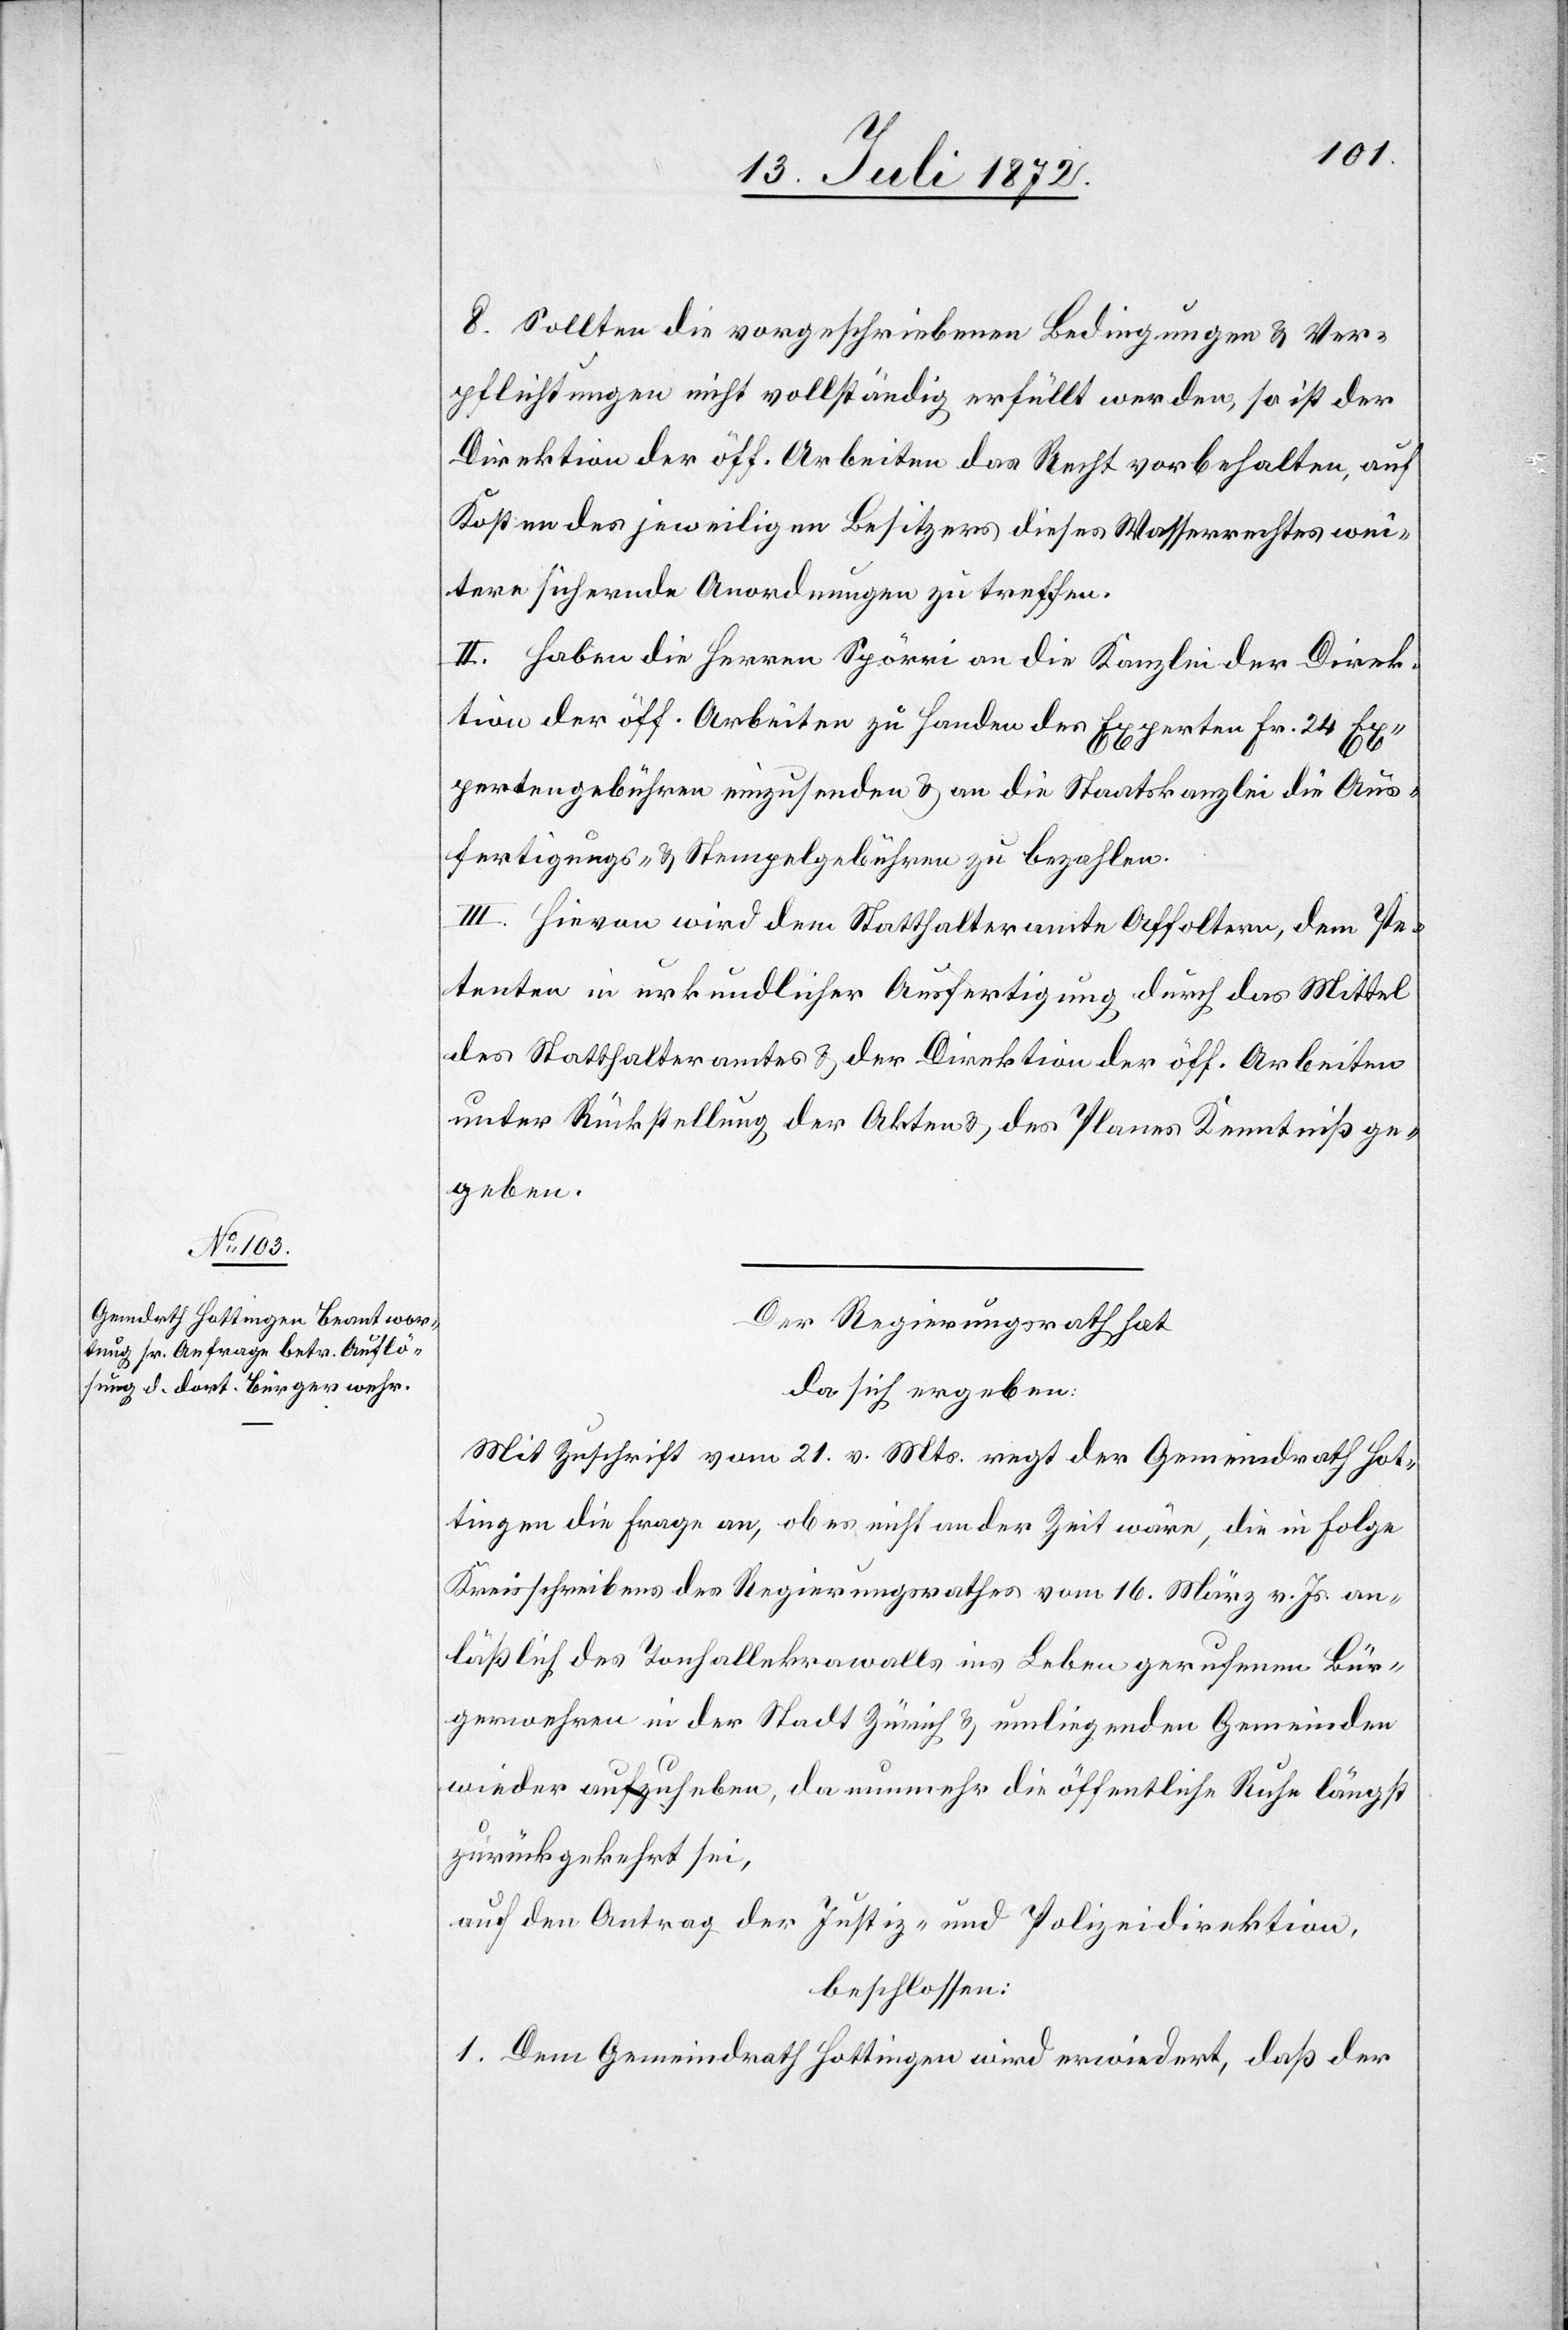
8. Sollten die vorgeschriebenen Bedingungen u. Ver¬
pflichtungen nicht vollständig erfüllt werden, so ist der
Direktion der öff. Arbeiten das Recht vorbehalten, auf
Kosten des jeweiligen Besitzers dieses Wasserrechtes wei¬
tere sichernde Anordnungen zu treffen.
II. Haben die Herren Spörri die Kanzlei der Direk¬
tion der öff. Arbeiten zu Handen des Experten Fr. 24 Ex¬
pertengebühren einzusenden u. an die Staatskanzlei die Aus¬
fertigungs- u. Stempelgebühren zu bezahlen.
III. Hievon wird dem Statthalteramte Affoltern, dem Pe¬
tenten in urkundlicher Ausfertigung durch das Mittel
des Statthalteramtes u. der Direktion der öff. Arbeiten
unter Rückstellung der Akten u. des Planes Kenntniß ge¬
geben.
Der Regierungsrath hat
da sich ergeben:
Mit Zuschrift vom 21. v. Mts. regt der Gemeindrath Hot¬
tingen die Frage an, ob es nicht an der Zeit wäre, die in Folge
Kreisschreibens des Regierungsrathes vom 16. März v. Js. an¬
läßlich des Tonhallekrawalls ins Leben gerufenen Bür¬
gerwehren in der Stadt Zürich u. umliegenden Gemeinden
wieder aufzuheben, da nunmehr die öffentliche Ruhe längst
zurückgekehrt sei,
auf den Antrag der Justiz- und Polizeidirektion,
beschlossen:
1. Dem Gemeindrath Hottingen wird erwiedert, daß der